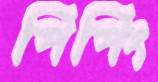
পিপিং